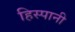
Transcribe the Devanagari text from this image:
हिस्पानी